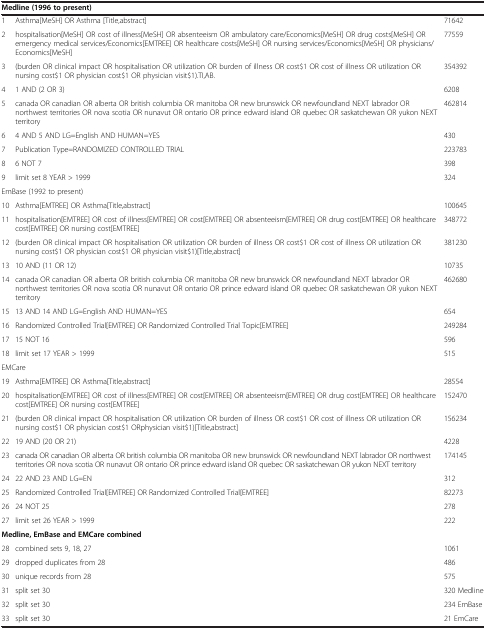
<table><thead><tr><td colspan="3"><b>Medline (1996 to present)</b></td></tr></thead><tbody><tr><td>1</td><td>Asthma[MeSH] OR Asthma [Title,abstract]</td><td>71642</td></tr><tr><td>2</td><td>hospitalisation[MeSH] OR cost of illness[MeSH] OR absenteeism OR ambulatory care/Economics[MeSH] OR drug costs[MeSH] OR emergency medical services/Economics[EMTREE] OR healthcare costs[MeSH] OR nursing services/Economics[MeSH] OR physicians/Economics[MeSH]</td><td>77559</td></tr><tr><td>3</td><td>(burden OR clinical impact OR hospitalisation OR utilization OR burden of illness OR cost$1 OR cost of illness OR utilization OR nursing cost$1 OR physician cost$1 OR physician visit$1).TI,AB.</td><td>354392</td></tr><tr><td>4</td><td>1 AND (2 OR 3)</td><td>6208</td></tr><tr><td>5</td><td>canada OR canadian OR alberta OR british columbia OR manitoba OR new brunswick OR newfoundland NEXT labrador OR northwest territories OR nova scotia OR nunavut OR ontario OR prince edward island OR quebec OR saskatchewan OR yukon NEXT territory</td><td>462814</td></tr><tr><td>6</td><td>4 AND 5 AND LG=English AND HUMAN=YES</td><td>430</td></tr><tr><td>7</td><td>Publication Type=RANDOMIZED CONTROLLED TRIAL</td><td>223783</td></tr><tr><td>8</td><td>6 NOT 7</td><td>398</td></tr><tr><td>9</td><td>limit set 8 YEAR &gt; 1999</td><td>324</td></tr><tr><td colspan="3">EmBase (1992 to present)</td></tr><tr><td>10</td><td>Asthma[EMTREE] OR Asthma[Title,abstract]</td><td>100645</td></tr><tr><td>11</td><td>hospitalisation[EMTREE] OR cost of illness[EMTREE] OR cost[EMTREE] OR absenteeism[EMTREE] OR drug cost[EMTREE] OR healthcare cost[EMTREE] OR nursing cost[EMTREE]</td><td>348772</td></tr><tr><td>12</td><td>(burden OR clinical impact OR hospitalisation OR utilization OR burden of illness OR cost$1 OR cost of illness OR utilization OR nursing cost$1 OR physician cost$1 OR physician visit$1)[Title,abstract]</td><td>381230</td></tr><tr><td>13</td><td>10 AND (11 OR 12)</td><td>10735</td></tr><tr><td>14</td><td>canada OR canadian OR alberta OR british columbia OR manitoba OR new brunswick OR newfoundland NEXT labrador OR northwest territories OR nova scotia OR nunavut OR ontario OR prince edward island OR quebec OR saskatchewan OR yukon NEXT territory</td><td>462680</td></tr><tr><td>15</td><td>13 AND 14 AND LG=English AND HUMAN=YES</td><td>654</td></tr><tr><td>16</td><td>Randomized Controlled Trial[EMTREE] OR Randomized Controlled Trial Topic[EMTREE]</td><td>249284</td></tr><tr><td>17</td><td>15 NOT 16</td><td>596</td></tr><tr><td>18</td><td>limit set 17 YEAR &gt; 1999</td><td>515</td></tr><tr><td colspan="3">EMCare</td></tr><tr><td>19</td><td>Asthma[EMTREE] OR Asthma[Title,abstract]</td><td>28554</td></tr><tr><td>20</td><td>hospitalisation[EMTREE] OR cost of illness[EMTREE] OR cost[EMTREE] OR absenteeism[EMTREE] OR drug cost[EMTREE] OR healthcare cost[EMTREE] OR nursing cost[EMTREE]</td><td>152470</td></tr><tr><td>21</td><td>(burden OR clinical impact OR hospitalisation OR utilization OR burden of illness OR cost$1 OR cost of illness OR utilization OR nursing cost$1 OR physician cost$1 ORphysician visit$1)[Title,abstract]</td><td>156234</td></tr><tr><td>22</td><td>19 AND (20 OR 21)</td><td>4228</td></tr><tr><td>23</td><td>canada OR canadian OR alberta OR british columbia OR manitoba OR new brunswick OR newfoundland NEXT labrador OR northwest territories OR nova scotia OR nunavut OR ontario OR prince edward island OR quebec OR saskatchewan OR yukon NEXT territory</td><td>174145</td></tr><tr><td>24</td><td>22 AND 23 AND LG=EN</td><td>312</td></tr><tr><td>25</td><td>Randomized Controlled Trial[EMTREE] OR Randomized Controlled Trial[EMTREE]</td><td>82273</td></tr><tr><td>26</td><td>24 NOT 25</td><td>278</td></tr><tr><td>27</td><td>limit set 26 YEAR &gt; 1999</td><td>222</td></tr><tr><td colspan="3"><b>Medline, EmBase and EMCare combined</b></td></tr><tr><td>28</td><td>combined sets 9, 18, 27</td><td>1061</td></tr><tr><td>29</td><td>dropped duplicates from 28</td><td>486</td></tr><tr><td>30</td><td>unique records from 28</td><td>575</td></tr><tr><td>31</td><td>split set 30</td><td>320 Medline</td></tr><tr><td>32</td><td>split set 30</td><td>234 EmBase</td></tr><tr><td>33</td><td>split set 30</td><td>21 EmCare</td></tr></tbody></table>